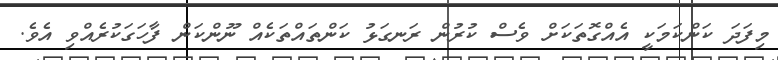
މިފަދަ ކަންކަމަކީ އެއްގޮތަކަށް ވެސް ކުރުން ރަނގަޅު ކަންތައްތަކެއް ނޫންކަން ފާހަގަކުރެއްވި އެވެ.